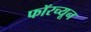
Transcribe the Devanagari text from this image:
फॉरच्यून